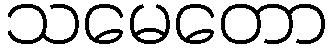
သမေတော